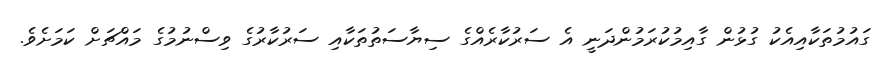
ގައުމުތަކާއިއެކު ގުޅުން ގާއިމުކުރަމުންދަނީ އެ ސަރުކާރެއްގެ ސިޔާސަތުތަކާއި ސަރުކާރުގެ ވިސްނުމުގެ މައްޗަށް ކަމަށެވެ.